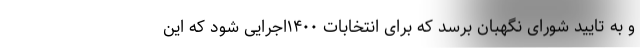
و به تایید شورای نگهبان برسد که برای انتخابات ۱۴۰۰اجرایی شود که این